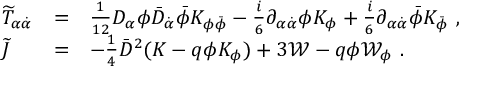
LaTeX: \begin{array} { l l l } { { { \widetilde T } _ { \alpha { \dot { \alpha } } } } } & { { = } } & { { \frac { 1 } { 1 2 } D _ { \alpha } \phi { \bar { D } } _ { \dot { \alpha } } { \bar { \phi } } K _ { \phi { \bar { \phi } } } - \frac { i } { 6 } \partial _ { \alpha { \dot { \alpha } } } \phi K _ { \phi } + \frac { i } { 6 } \partial _ { \alpha { \dot { \alpha } } } { \bar { \phi } } K _ { \bar { \phi } } \ , } } \\ { { { \widetilde J } } } & { { = } } & { { - \frac { 1 } { 4 } { \bar { D } } ^ { 2 } ( K - q \phi K _ { \phi } ) + 3 { \mathcal W } - q \phi { \mathcal W } _ { \phi } \ . } } \end{array}